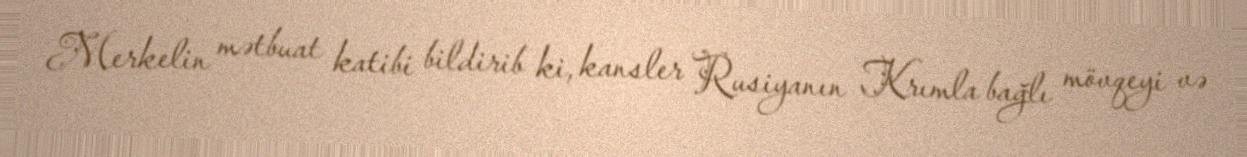
Merkelin mətbuat katibi bildirib ki, kansler Rusiyanın Krımla bağlı mövqeyi və